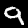
Digit: 9